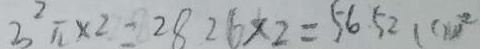
3 ^ { 2 } \pi \times 2 = 2 8 2 6 \times 2 = 5 6 5 2 ( c m ^ { 2 }